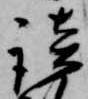
談